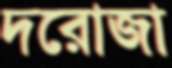
দরোজা